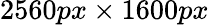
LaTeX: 2560px\times 1600px